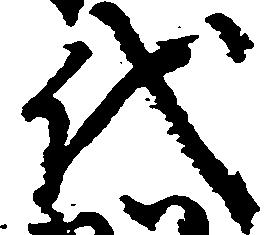
代